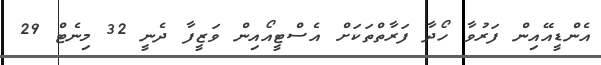
އެންޑީއޭއިން ފަރުވާ ހޯދާ ފަރާތްތަކަށް އެސްޓީއޯއިން ވަޒީފާ ދެނީ 32 މިނެޓް 29